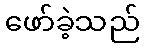
ဖော်ခဲ့သည်